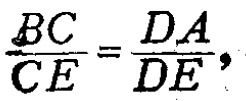
\(\frac{BC}{CE}=\frac{DA}{DE},\)